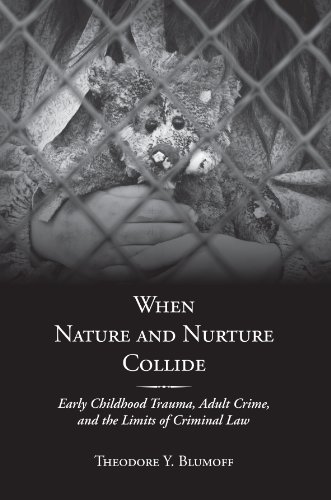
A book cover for When Nature and Nurture Collide: Early Childhood Trauma, Adult Crime, and the Limits of Criminal Law; Theodore Y. Blumoff; Law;